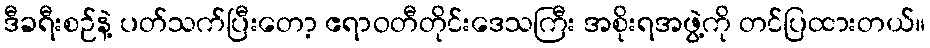
ဒီခရီးစဉ်နဲ့ ပတ်သက်ပြီးတော့ ဧရာဝတီတိုင်းဒေသကြီး အစိုးရအဖွဲ့ကို တင်ပြထားတယ်။